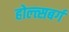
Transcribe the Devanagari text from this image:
होल्त्सबर्ग